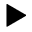
\blacktriangleright